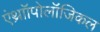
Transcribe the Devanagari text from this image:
एंथ्राॉपोलॉजिकल